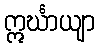
ဣင်္ဃာယျာ